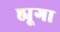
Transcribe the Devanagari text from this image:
ह्यूगा